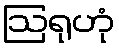
ဩရုဟုံ